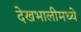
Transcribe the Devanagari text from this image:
देखभालीमध्ये